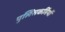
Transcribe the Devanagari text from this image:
पुलिसकर्मियों